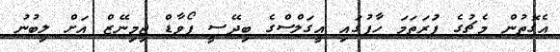
އެގޮތުން މެޗުގެ ފުަރަތަމަ ހާފުގައި އީގަލްސްގެ ބިދޭސީ ފޯވާޑް ޖިމިނޭޒް އަށް ލިބުނު